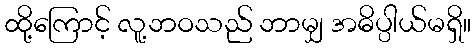
ထို့ကြောင့် လူ့ဘဝသည် ဘာမျှ အဓိပ္ပါယ်မရှိ။